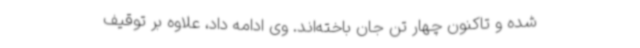
شده و تاکنون چهار تن جان باخته‌اند. وی ادامه داد، علاوه بر توقیف